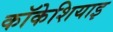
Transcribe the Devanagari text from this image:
कॉकेशियाइ